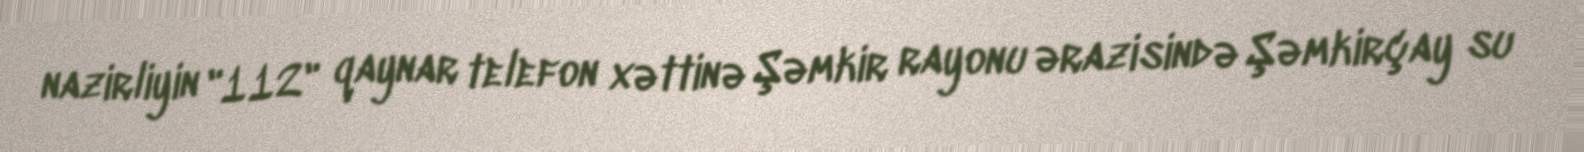
nazirliyin "112" qaynar telefon xəttinə Şəmkir rayonu ərazisində Şəmkirçay su